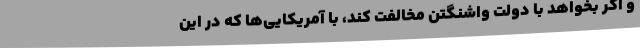
و اگر بخواهد با دولت واشنگتن مخالفت کند، با آمریکایی‌ها که در این